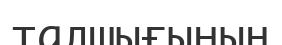
талшығының